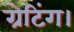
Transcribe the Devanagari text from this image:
ग्रेटिंग।